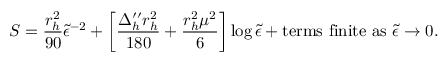
S = \frac { r _ { h } ^ { 2 } } { 9 0 } { \tilde { \epsilon } } ^ { - 2 } + \left[ \frac { \Delta _ { h } ^ { \prime \prime } r _ { h } ^ { 2 } } { 1 8 0 } + \frac { r _ { h } ^ { 2 } \mu ^ { 2 } } { 6 } \right] \log { \tilde { \epsilon } } + { \mathrm { t e r m s ~ f i n i t e ~ a s ~ } } { \tilde { \epsilon } } \rightarrow 0 .